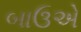
બાઉએ